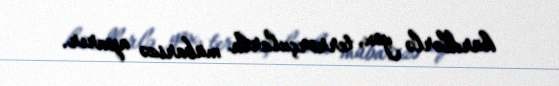
kürdlərlə yox, terrorçularla mübarizə aparır.